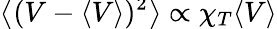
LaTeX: \smash{\big\langle(V-\langle V\rangle)^{2}\big\rangle}\propto\chi_{T}\langle V\rangle